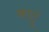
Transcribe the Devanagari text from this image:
काटूं